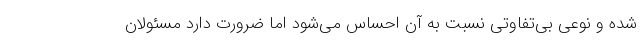
شده و نوعی بی‌تفاوتی نسبت به آن احساس می‌شود اما ضرورت دارد مسئولان